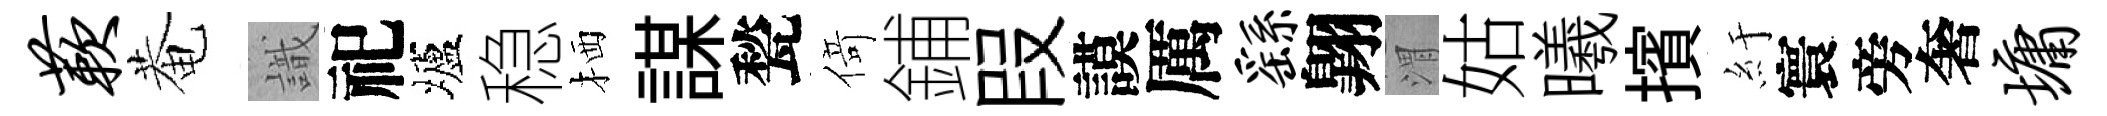
蔌菴識祀壚稳栖謀甃𠋣鋪叚謨厲繇翺渭姑曦擯紆寰旁奢墉